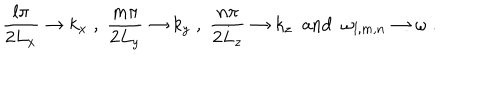
\frac { l \pi } { 2 L _ { x } } \to k _ { x } \; , \; \frac { m \pi } { 2 L _ { y } } \to k _ { y } \; , \; \frac { n \pi } { 2 L _ { z } } \to k _ { z } \; \mathrm { ~ a n d ~ } \; \omega _ { l , m , n } \to \omega \; .